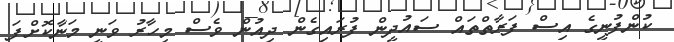
ކުންފުނީގެ އިސް ފަރާތްތައް ސައުދީން ފުރައިގެން ދިއުން ވެސް މިހާރު ވަނީ މަނާކޮށްފަ